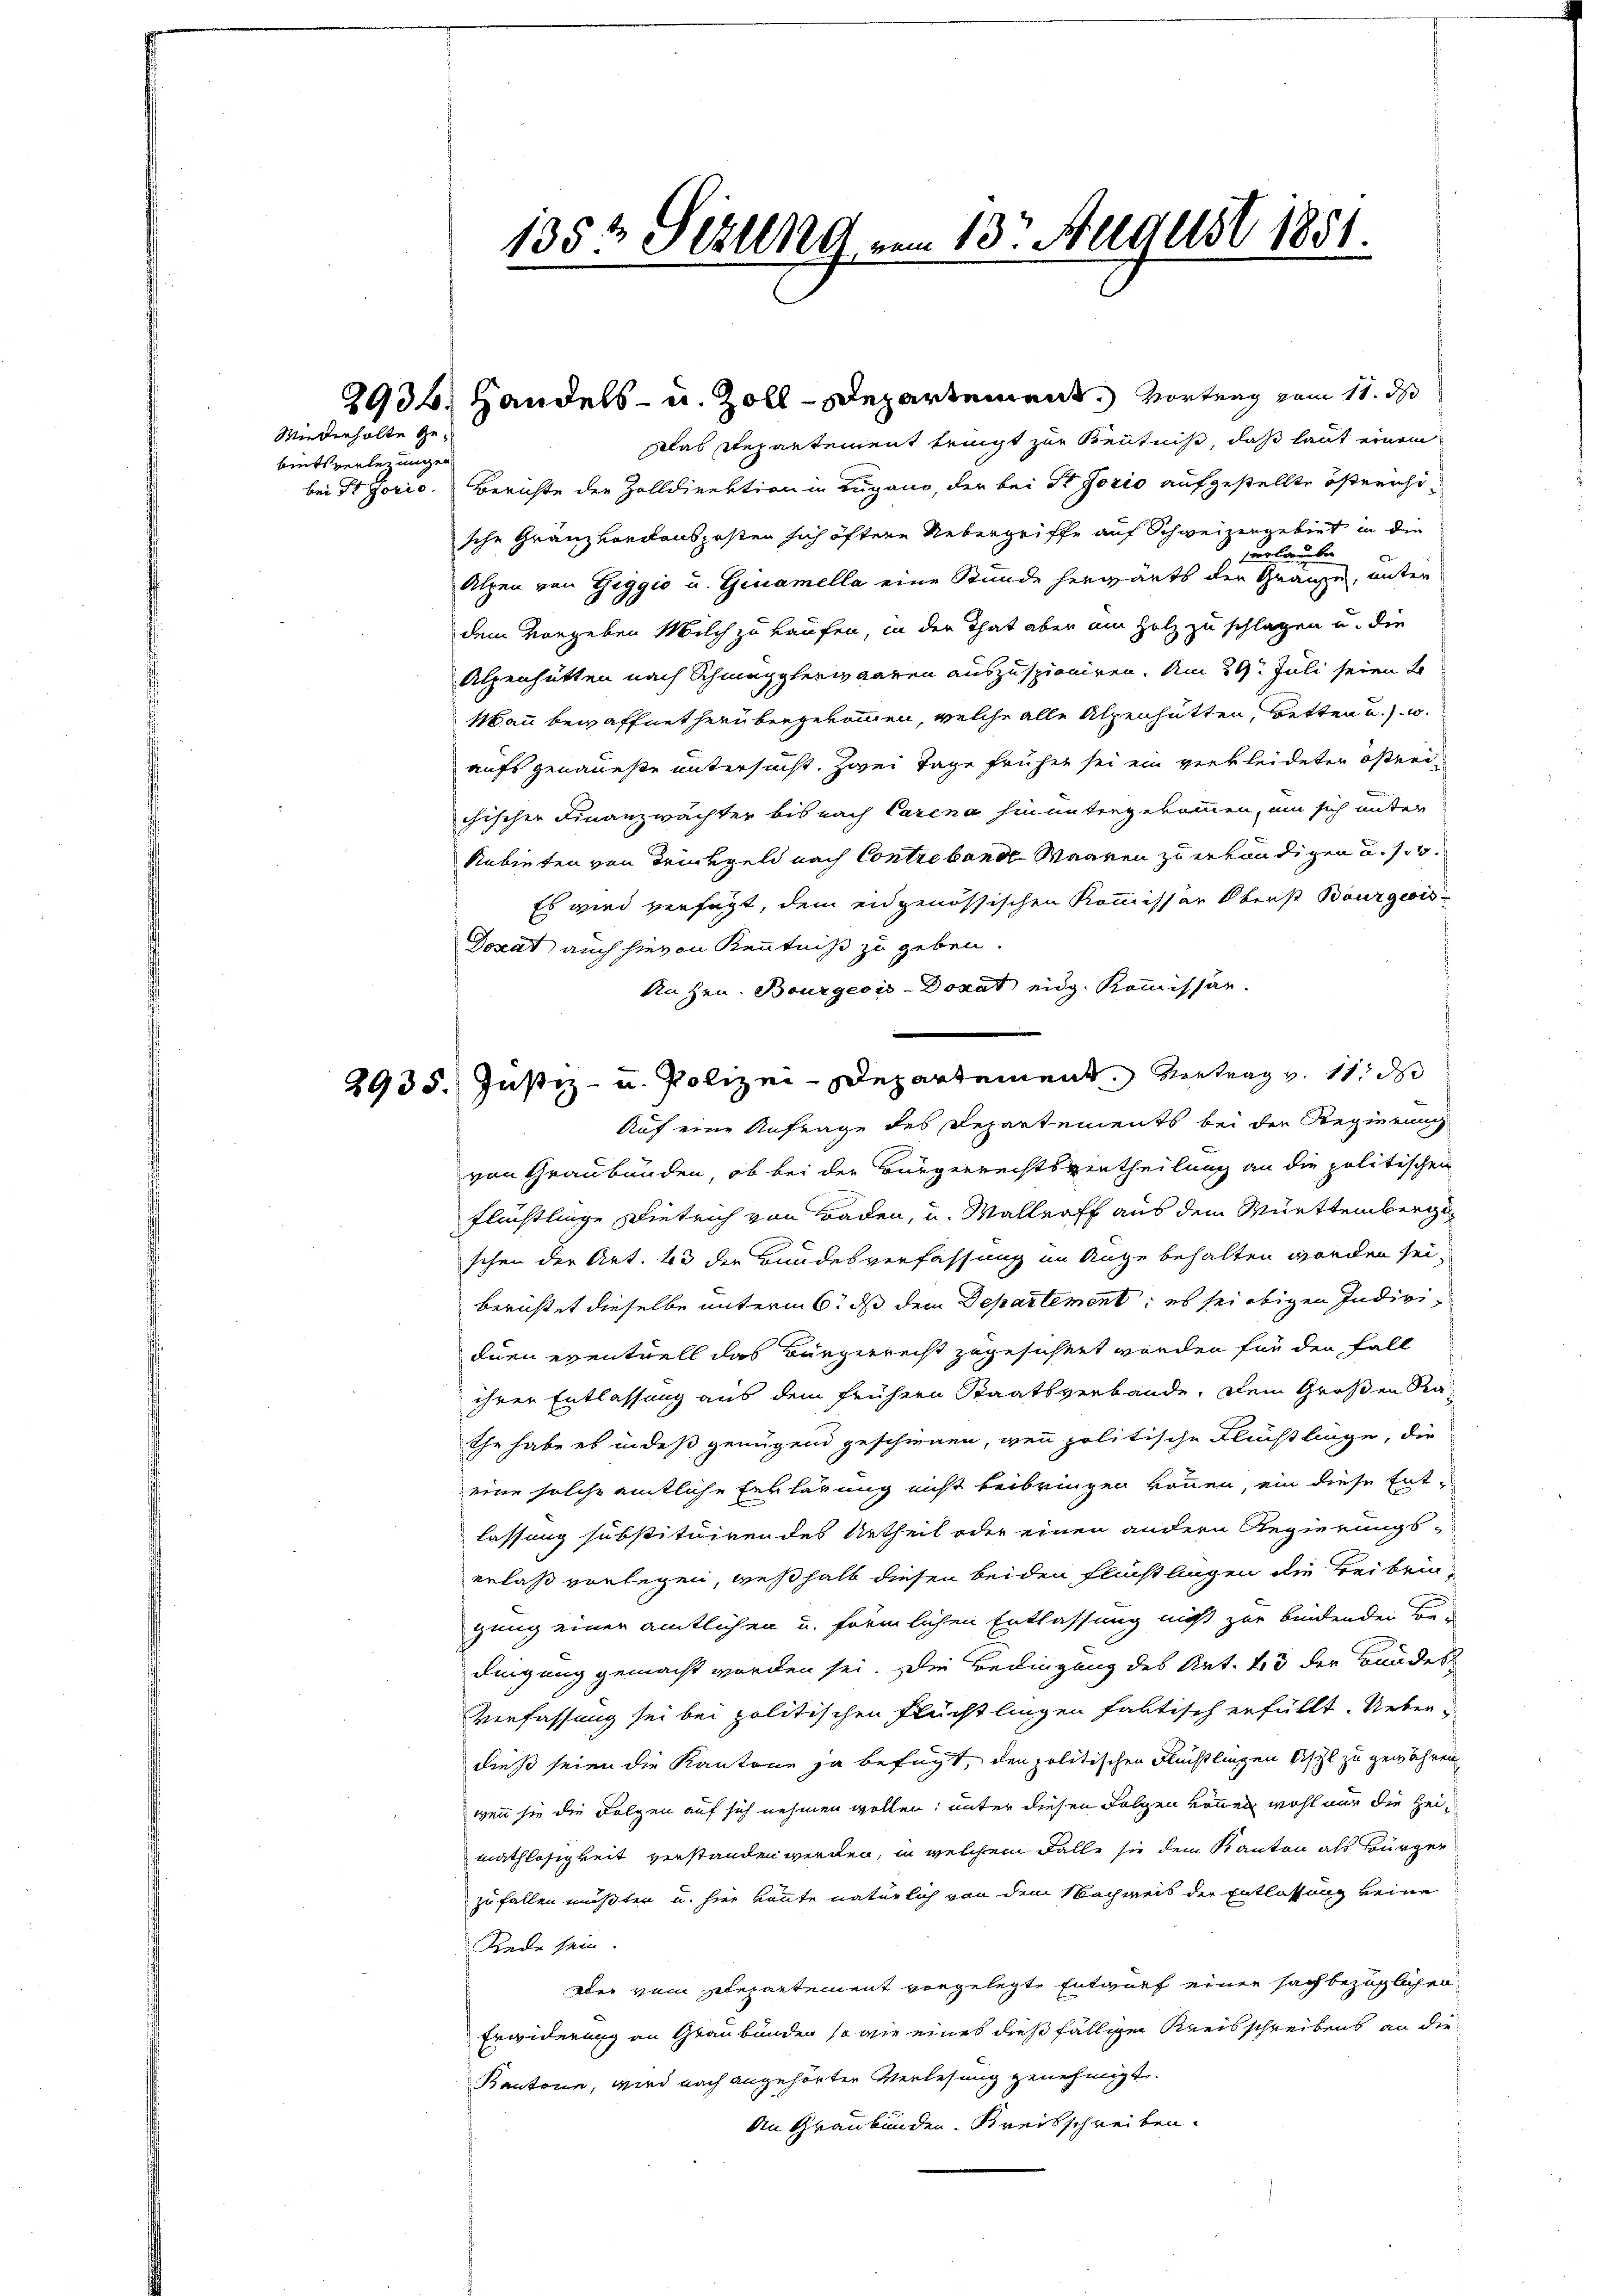
bitsverlegungen

Wiederholte Ge¬

135t Sekund vom 13. August 1851.

Das Repartement tringt zur Benntniß, daß laut einem
bei St. Jorio. Berichte der Zolldirektion in Lugano, der bei Dr Jorio aufgestellte östreichische Granzkordausgesten sich öftere Uebergriffe auf Schweizergebiet in die
vurlaube
.
Alpen von Geggio u. Ginamella eine Stunde herwärts den Gränze, unter
dem vorgeben Milch zu kaufen, in der That aber am Holz zu schlagen u. die
Alpenhütten nach Schmugglerwaaren auszuspioniren. Am 29. Juli seien B
Mann bewaffnet herübergekommen, welche alle Alpenhütten, betten u. w
aufs genaueste untersucht. Zwei Tage früher sei ein verkleideten östreichischer Finanzwächter bis nach Carena hinuntergekommen, um sich unter
Rabinten von Trinkgeld nach Contrebend Waaren zu erkundigen u. s. w.
Es wird verfügt, dem eidgenössischen Kommissär Oberst Bourgeois
Donat auch hievon Kenntniß zu geben.
An hrn. Bourgeois-Dokat eidg. Kommissar.
2935. Justiz- u. Polizei-Departement. Vertrag v. 11. ds
Auf eine Anfrage des Departements bei der Regierung
von Graubänden, ob bei der Bürgerrechtsvertheilung an die politischen
flüchtlinge Dietrich von Baden, u. Mallraff aus dem Württemberge
schen der Art. 13 der Bundesverfassung im Auge behalten worden sei,
berichtet dieselbe unterm 6. ds dem Departement, es sei obigen Individuen eventuell das Bürgerrecht zugesichtet worden für den Fall
ihrer Entlassung aus dem frühern Staatsverbande, dem Großen Ra¬
Ehe habe es in des genügend geschienen, wenn politische Flüchtlinge, die
eine solche amtliche Erklärung nicht beibringen können, ein diese Entlassung substituirendes Urtheil oder einen andern Regierungs-
erlaß vorlegen, weßhalb diesen beiden Flüchtlingen die Beibringung einer amtlichen u. förmlichen Entlassung nicht zur bindenden Bedingung gemacht worden sei. Die Bedingung des Art. 43 der Bundes
Verfassung sei bei politischen Flüchtlingen faktisch erfüllt. Ueberdieß seien die Kantone ja befügt, den politischen Flüchtlingen Asyl zu gewähren
wenn sie die Folgen auf sich nehmen wollen; unter diesen Folgen können wohl nur die Heimathlosigkeit verstanden werden, in welchem Falle sie dem Kanton als Bürger
zufallen müßten u. hier könnte natürlich von dem Nachweis der Entlassung keine
Rede sein.
Der vom Repartement vorgelegte Entwurf einer sachbezüglichen
Erwiderung an Graubünden so wie eines dießfälligen Kreisschreibens an die
Kantone, wird nach angehörten Verlesung genehmigt.
An Graubünden. Kreisschreiben.

2934. Handels- u. Zoll-Departement. Vortrag vom 11. ds